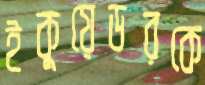
ইকুয়েডরকে